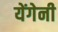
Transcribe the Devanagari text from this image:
येंगेनी